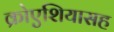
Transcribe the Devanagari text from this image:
क्रोएशियासह